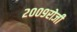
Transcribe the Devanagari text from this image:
२००९रोजी